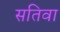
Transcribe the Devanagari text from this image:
सतिवा